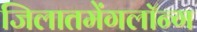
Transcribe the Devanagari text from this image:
जिलातमेंगलॉन्ग